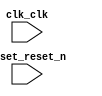

module unsaved (
	clk_clk,
	reset_reset_n);	

	input		clk_clk;
	input		reset_reset_n;
endmodule